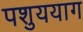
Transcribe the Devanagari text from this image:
पशुययाग